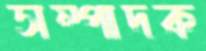
সম্পাদক